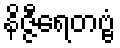
နိဇ္ဇီရေတဗ္ဗံ